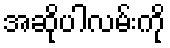
အဆိုပါလမ်းကို